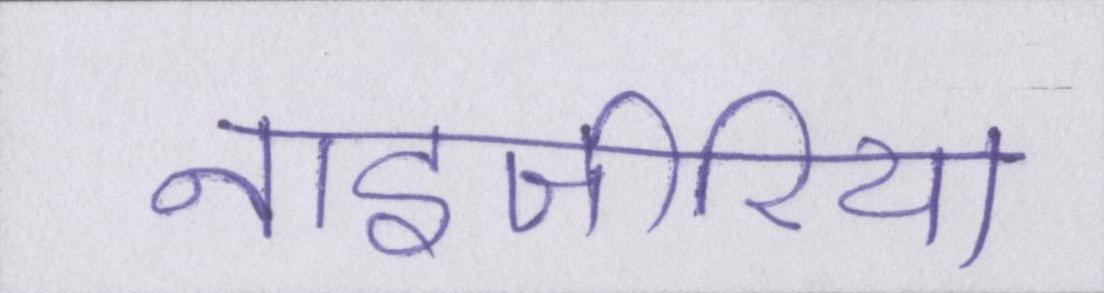
नाइजीरिया